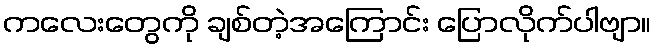
ကလေးတွေကို ချစ်တဲ့အကြောင်း ပြောလိုက်ပါဗျာ။